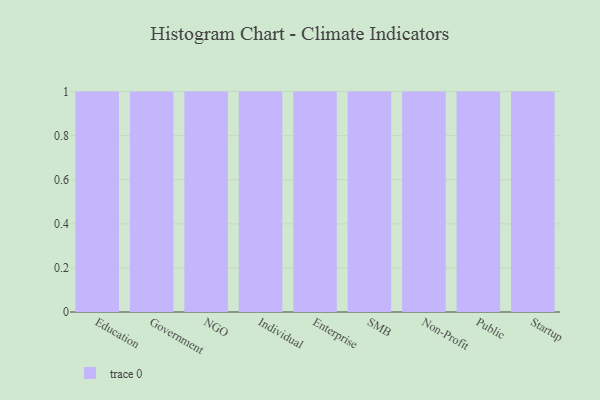
{"axis": {"x": "Segment", "y": "Bounce Rate (%)"}, "legend": [""], "data": [{"x": "Education", "y": 99, "type": ""}, {"x": "Government", "y": 86, "type": ""}, {"x": "NGO", "y": 91, "type": ""}, {"x": "Individual", "y": 54, "type": ""}, {"x": "Enterprise", "y": 50, "type": ""}, {"x": "SMB", "y": 77, "type": ""}, {"x": "Non-Profit", "y": 66, "type": ""}, {"x": "Public", "y": 69, "type": ""}, {"x": "Startup", "y": 28, "type": ""}]}